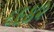
૬૯૪૨